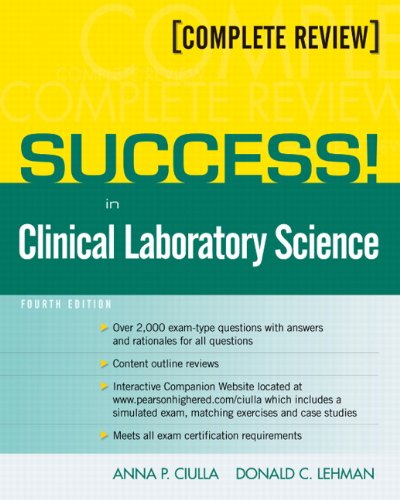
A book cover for SUCCESS! in Clinical Laboratory Science (4th Edition); Anna Ciulla; Test Preparation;